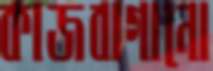
কাজবাগানো